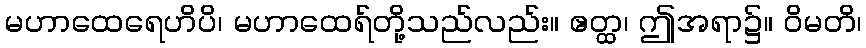
မဟာထေရေဟိပိ၊ မဟာထေရ်တို့သည်လည်း။ ဧတ္ထ၊ ဤအရာ၌။ ဝိမတိ၊